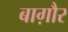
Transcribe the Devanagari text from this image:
बाग़ौर